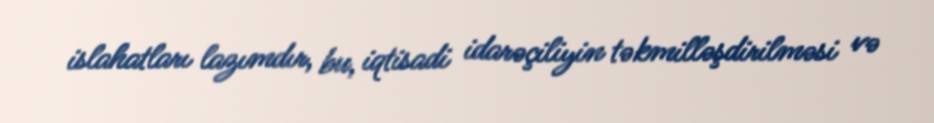
islahatları lazımdır, bu, iqtisadi idarəçiliyin təkmilləşdirilməsi və